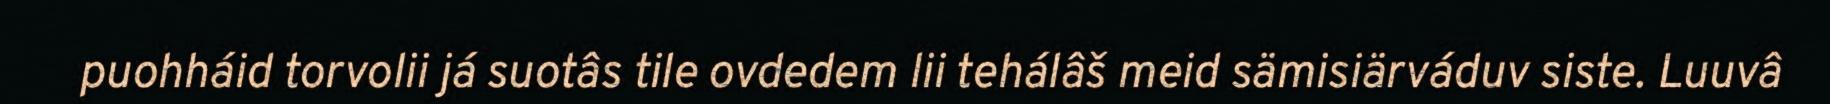
puohháid torvolii já suotâs tile ovdedem lii tehálâš meid sämisiärváduv siste. Luuvâ